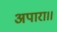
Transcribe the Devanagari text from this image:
अपारा।।